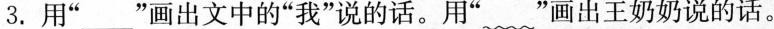
3. 用”___”画出文中的”我”说的话。用” ﹏”画出王奶奶说的话。